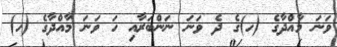
ވަނަ މާއްދާގެ (ހ)ގެ ދެ ވަނަ ނަންބަރާއި ހަ ވަނަ މާއްދާގެ (ހ)